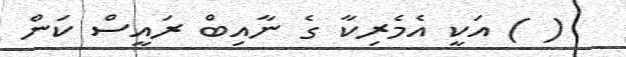
( ) އަކީ އެމެރިކާ ގެ ނާއިބް ރައީސް ކަން